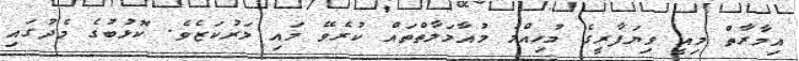
އިމާރާތް މިއީ ވިޔަފާރީގެ މުހިއްމު މުއާމަލާތްތައް ކުރެވޭ މައި މަރުކަޒެވެ. ކޮޅުބުގެ މެދުގައި